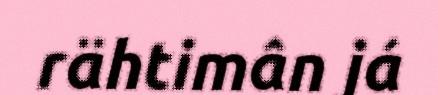
rähtimân já